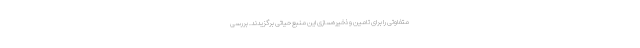
متفاوتی را برای تامین و ذخیره‌سازی این منبع حیاتی برگزیدند. بررسی